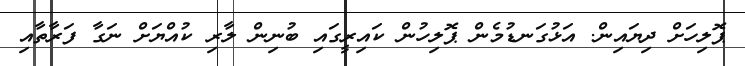
ޕޮލިހަށް ދިޔައިން. އަޅުގަނޑުމެން ޕޮލިހުން ކައިރީގައި ބުނިން ލާރި ކުއްޔަށް ނަގާ ފަރާތާއި